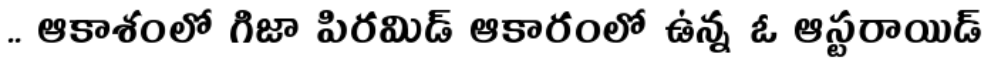
.. ఆకాశంలో గిజా పిరమిడ్ ఆకారంలో ఉన్న ఓ ఆస్టరాయిడ్